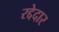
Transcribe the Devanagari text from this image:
रद्देदार